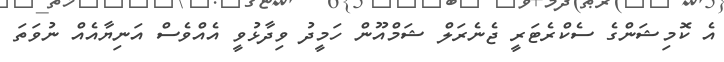
އެ ކޮމިޝަންގެ ސެކްރެޓަރީ ޖެނެރަލް ޝަމްއޫން ހަމީދު ވިދާޅުވީ އެއްވެސް އަނިޔާއެއް ނުވަތަ